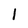
Character: 1